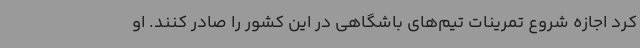
کرد اجازه شروع تمرینات تیم‌های باشگاهی در این کشور را صادر کنند. او